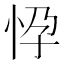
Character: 𢘩